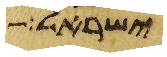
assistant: ישראל